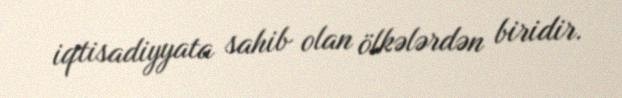
iqtisadiyyata sahib olan ölkələrdən biridir.